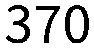
370